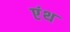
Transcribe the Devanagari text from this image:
एंथ